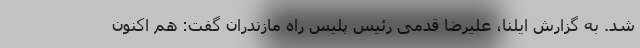
شد. به گزارش ایلنا، علیرضا قدمی رئیس پلیس راه مازندران گفت: هم اکنون